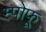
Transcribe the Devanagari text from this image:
म्पोफू